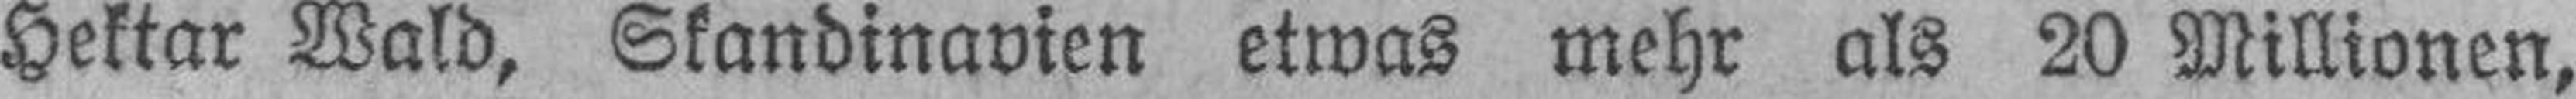
Hektar Wald, Skandinavien etwas mehr als 20 Millionen,